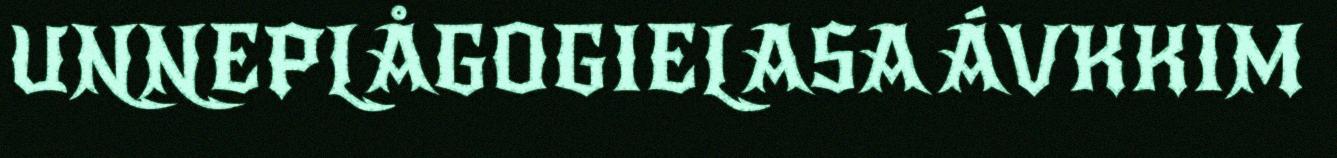
UNNEPLÅGOGIELASA ÁVKKIM